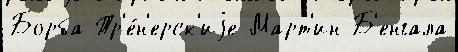
Борба Тр'е́н'ерск'иjе Март'ин Б'енгала